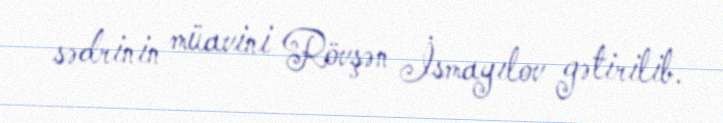
sədrinin müavini Rövşən İsmayılov gətirilib.